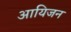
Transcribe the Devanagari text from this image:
आयिजन